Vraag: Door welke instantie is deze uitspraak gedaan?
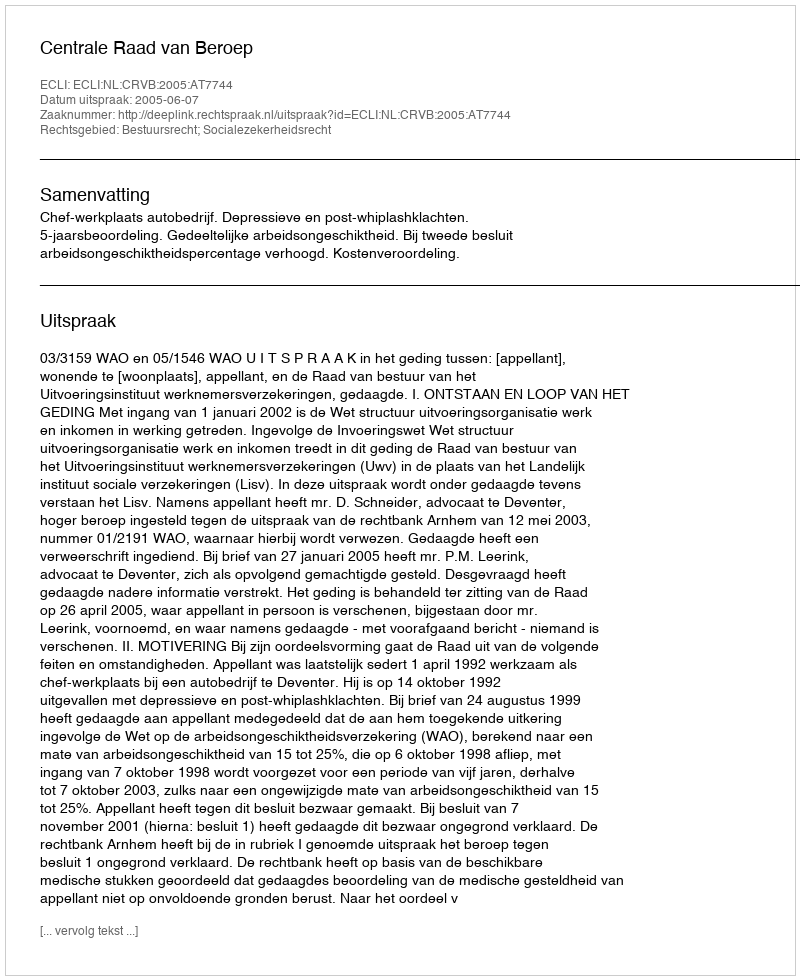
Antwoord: Centrale Raad van Beroep